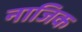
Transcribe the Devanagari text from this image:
नाजिक